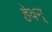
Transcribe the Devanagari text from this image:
हेवन्